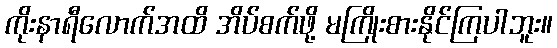
ကိုးနာရီလောက်အထိ အိပ်စက်ဖို့ မကြိုးစားနိုင်ကြပါဘူး။